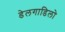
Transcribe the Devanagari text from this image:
डेलगाडिलो